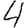
Digit: 4